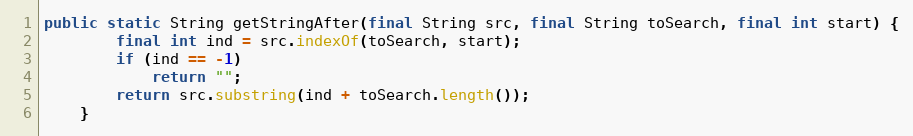
Language: Java
public static String getStringAfter(final String src, final String toSearch, final int start) {
		final int ind = src.indexOf(toSearch, start);
		if (ind == -1)
			return "";
		return src.substring(ind + toSearch.length());
	}